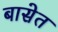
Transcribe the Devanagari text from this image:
बासेत